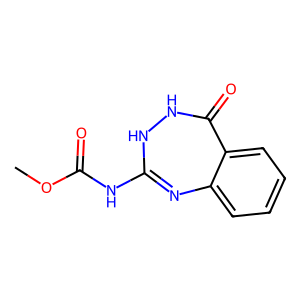
SMILES: COC(=O)NC1=Nc2ccccc2C(=O)NN1
Inhibits HIV replication: No